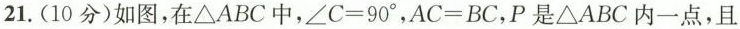
21. (10分)如图，在Δ A B C中 ,∠ c = 9 0 ^ { \circ }, $$A C = B C$$，P是Δ A B C内一点，且